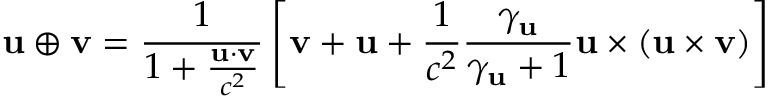
\mathbf { u } \oplus \mathbf { v } = { \frac { 1 } { 1 + { \frac { \mathbf { u } \cdot \mathbf { v } } { c ^ { 2 } } } } } \left[ \mathbf { v } + \mathbf { u } + { \frac { 1 } { c ^ { 2 } } } { \frac { \gamma _ { \mathbf { u } } } { \gamma _ { \mathbf { u } } + 1 } } \mathbf { u } \times ( \mathbf { u } \times \mathbf { v } ) \right]